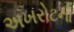
અખરોટના